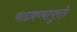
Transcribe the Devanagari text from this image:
वाढवण्यापुरते